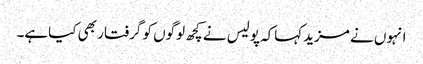
انہوں نے مزیدکہاکہ پولیس نے کچھ لوگوں کو گرفتار بھی کیاہے۔